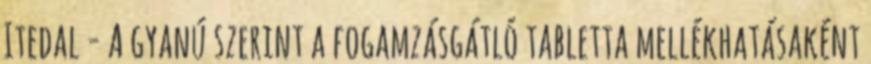
Itedal - A gyanú szerint a fogamzásgátló tabletta mellékhatásaként